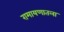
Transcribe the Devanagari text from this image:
रामायणातला